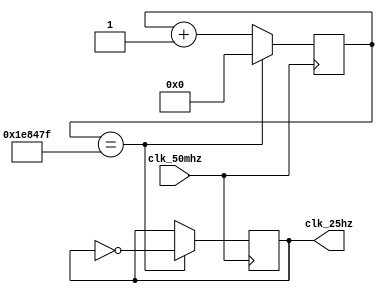
module clock_25hz (
    input clk_50mhz,
    output reg clk_25hz
);

reg [25:0] counter = 0;

always @(posedge clk_50mhz) begin
    if (counter == 1999999) begin
        counter <= 0;
        clk_25hz <= ~clk_25hz;
    end
    else begin
        counter <= counter + 1;
    end
end

endmodule